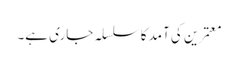
معتمرین کی آمد کا سلسلہ جاری ہے۔